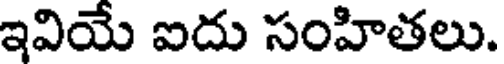
ఇవియే ఐదు సంహితలు.